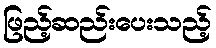
ဖြည့်ဆည်းပေးသည့်